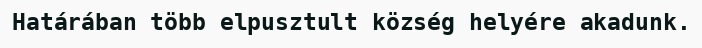
Határában több elpusztult község helyére akadunk.